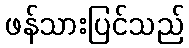
ဖန်သားပြင်သည်